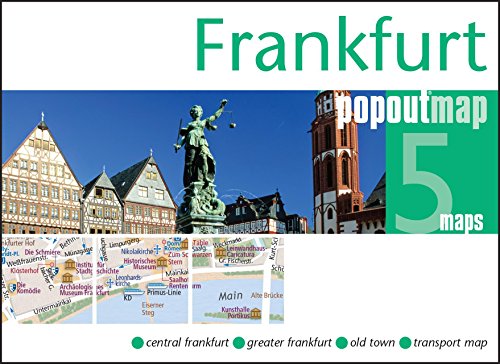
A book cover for Frankfurt PopOut Map (PopOut Maps); Travel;